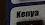
kenya